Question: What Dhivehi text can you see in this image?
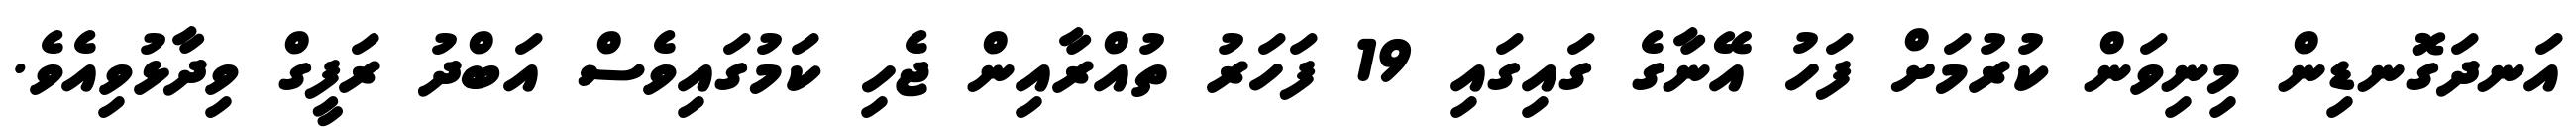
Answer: އަނދަގޮނޑިން މިނިވަން ކުރުމަށް ފަހު އޭނާގެ ގައިގައި 19 ފަހަރު ތުއްރާއިން ޖެހި ކަމުގައިވެސް އަބްދު ރަފީގް ވިދާޅުވިއެވެ.